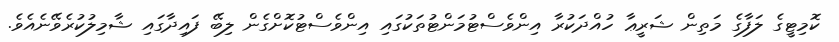
ކޮމިޓީގެ ލަފާގެ މަތިން ޝަރީޢާ ހުއްދަކުރާ އިންވެސްޓުމަންޓުތަކުގައި އިންވެސްޓުކޮށްގެން ލިބޭ ފައިދާގައި ޝާމިލުކުރެވޭނެއެވެ.